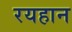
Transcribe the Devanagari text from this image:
रयहान